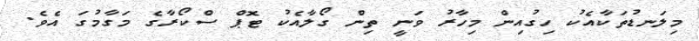
މިލަނޑުތަކާއެކު ހިގުއިން މިހާރު ވަނީ ތިން ގޯލާއެކު ޓޮޕް ސްކޯރާގެ މަގާމުގަ އެވެ.